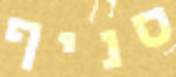
סניף